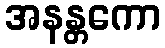
အနန္တကော